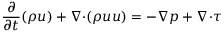
\frac { \partial } { \partial t } ( \rho \boldsymbol { u } ) + \boldsymbol { \nabla \cdot } ( \rho \boldsymbol { u } \boldsymbol { u } ) = - \boldsymbol { \nabla } p + \boldsymbol { \nabla \cdot } \tau